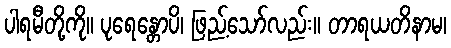
ပါရမီတို့ကို။ ပုရေန္တောပိ၊ ဖြည့်သော်လည်း။ တာရယတိနာမ၊